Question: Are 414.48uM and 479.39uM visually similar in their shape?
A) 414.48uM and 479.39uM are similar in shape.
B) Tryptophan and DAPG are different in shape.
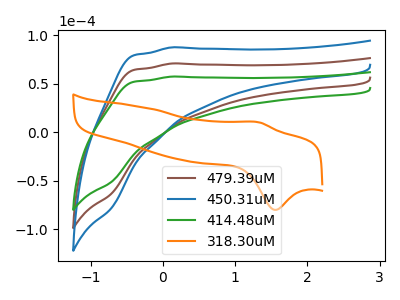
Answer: <think>The brown curve "479.39uM" has no peaks. The blue curve "450.31uM" has no peaks. The green curve "414.48uM" has no peaks. The orange curve "318.30uM" has an anodic peak at (1.35V, 10.00uA) and a cathodic peak at (1.55V, -79.95uA).
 Neither "414.48uM" or "479.39uM" have any peaks.</think>
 <answer>A) "414.48uM" and "479.39uM" are similar in shape.</answer>
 <eval>A</eval>